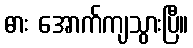
ဓား အောက်ကျသွားပြီ။